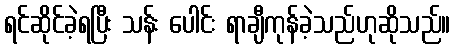
ရင်ဆိုင်ခဲ့ရပြီး သန်း ပေါင်း ရာချီကုန်ခဲ့သည်ဟုဆိုသည်။